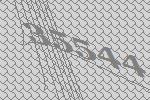
35544